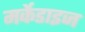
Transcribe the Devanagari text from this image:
मर्केडाइज